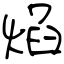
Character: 焰